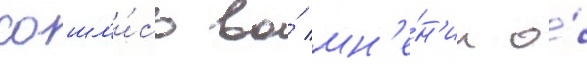
сошл'и́сь во́ мн'е́н'ии о́